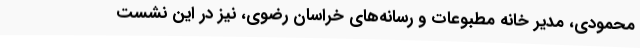
محمودی، مدیر خانه مطبوعات و رسانه‌های خراسان رضوی، نیز در این نشست